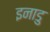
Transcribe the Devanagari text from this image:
इनाडु